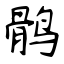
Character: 鹘